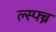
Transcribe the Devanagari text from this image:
ल्स्फ्ब्न